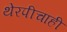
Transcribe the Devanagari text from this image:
थेरपीचाही